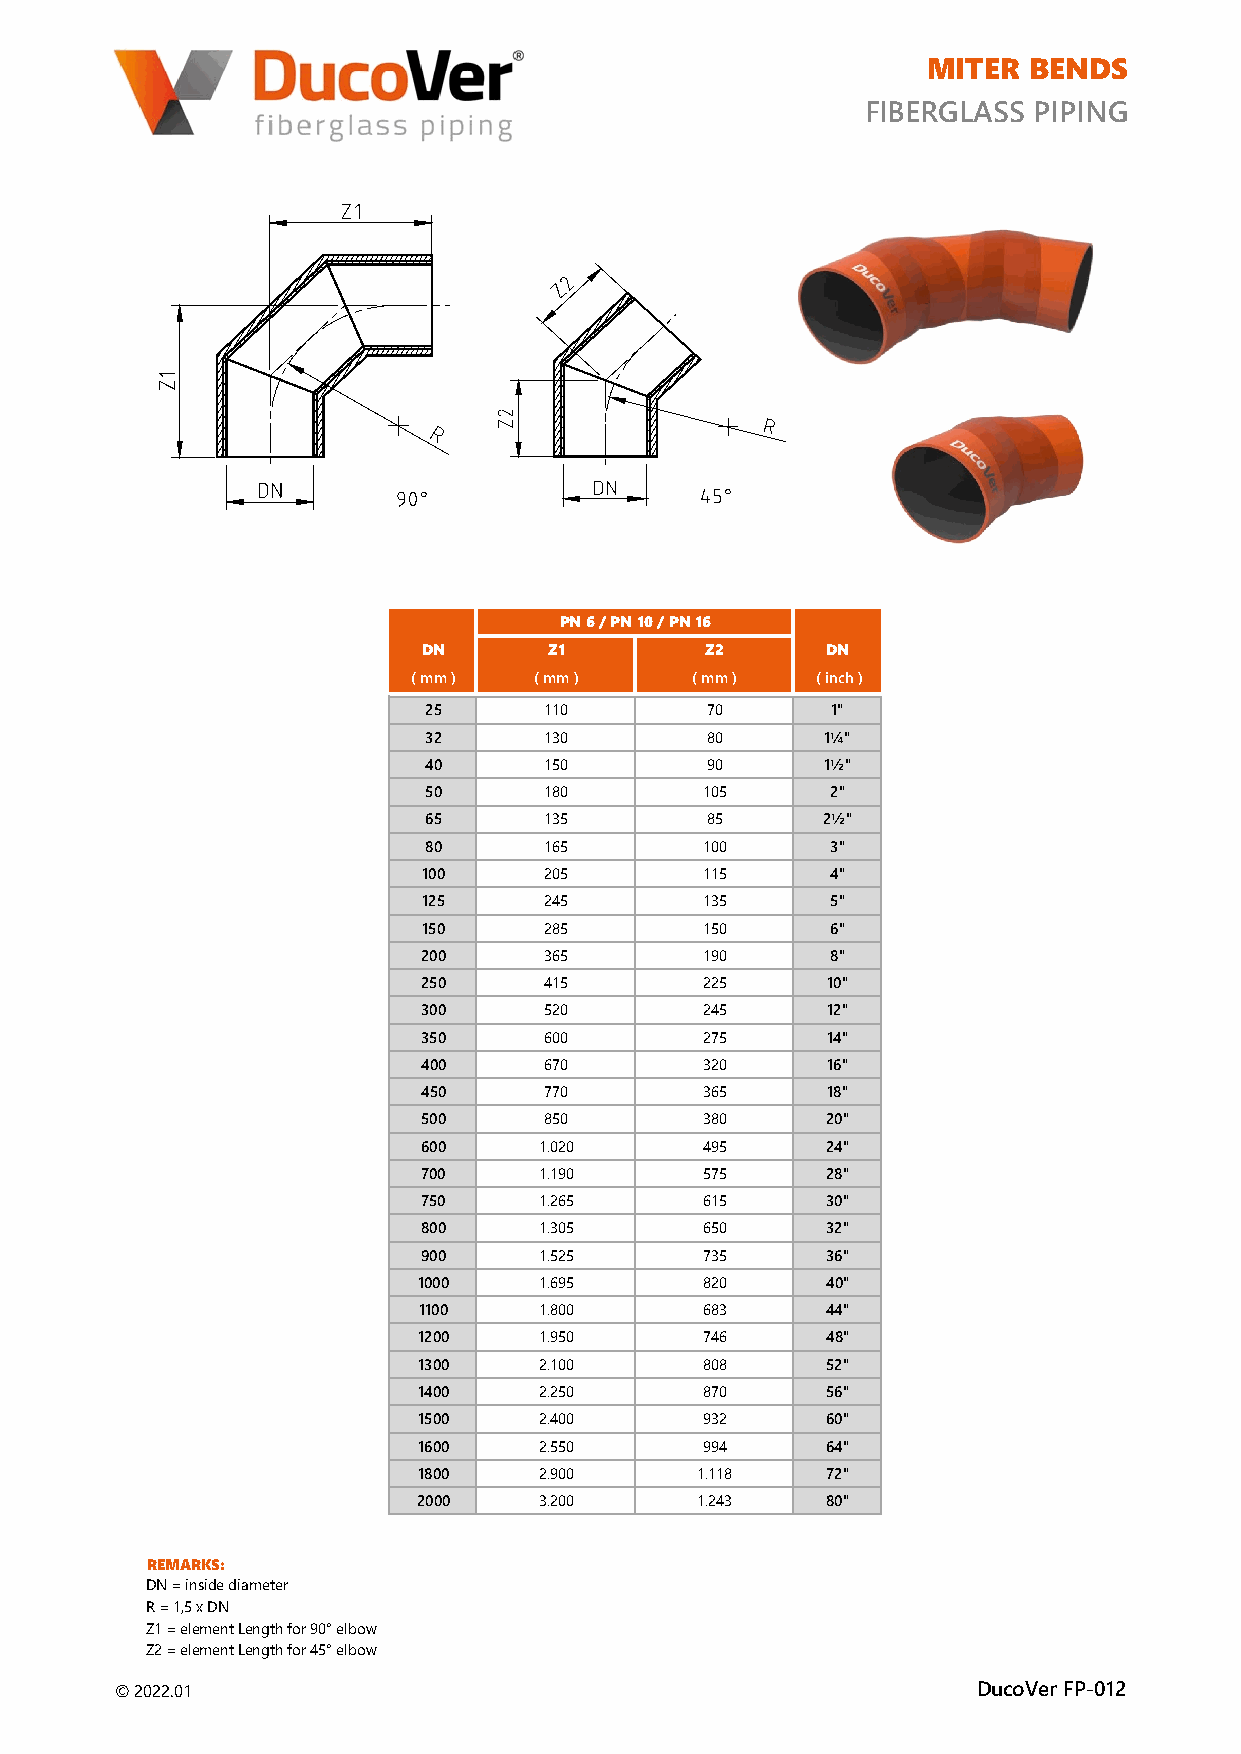
MITER  BENDS
 FIBERGLASS PIPING
 PN 6 / PN 10 / PN 16
 DN      Z1        Z2      DN
 ( mm )  ( mm )    ( mm )   ( inch )
 25      110       70       1"
 32      130       80      1¼"
 40      150       90      1½"
 50      180       105      2"
 65      135       85      2½"
 80      165       100      3"
 100     205       115      4"
 125     245       135      5"
 150     285       150      6"
 200     365       190      8"
 250     415       225     10"
 300     520       245     12"
 350     600       275     14"
 400      670       320     16"
 450      770       365     18"
 500     850       380     20"
 600    1.020      495     24"
 700    1.190      575     28"
 750    1.265      615     30"
 800    1.305      650     32"
 900    1.525      735     36"
 1000    1.695      820     40"
 1100    1.800      683     44"
 1200    1.950      746     48"
 1300    2.100      808     52"
 1400    2.250      870     56"
 1500    2.400      932     60"
 1600    2.550      994     64"
 1800    2.900      1.118   72"
 2000    3.200      1.243   80"
 REMARKS:
 DN = inside diameter
 R = 1,5 x DN
 Z1 = element Length for 90° elbow
 Z2 = element Length for 45° elbow
 © 2022.01                                                DucoVer FP-012